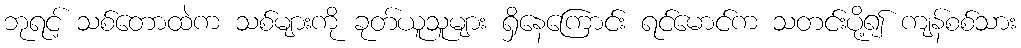
ဘုရင့် သစ်တောထဲက သစ်များကို ခုတ်ယူသူများ ရှိနေကြောင်း ရင်မောင်က သတင်းပို့၍ ကျန်စစ်သား